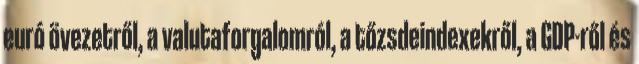
euró övezetről, a valutaforgalomról, a tőzsdeindexekről, a GDP-ről és